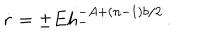
LaTeX: \dot { r } = \pm E h _ { - } ^ { - A + ( n - 1 ) b / 2 } \, .